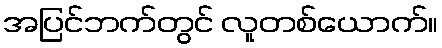
အပြင်ဘက်တွင် လူတစ်ယောက်။